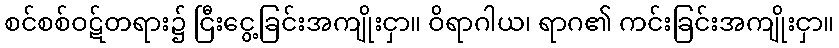
စင်စစ်ဝဋ်တရား၌ ငြီးငွေ့ခြင်းအကျိုးငှာ။ ဝိရာဂါယ၊ ရာဂ၏ ကင်းခြင်းအကျိုးငှာ။